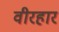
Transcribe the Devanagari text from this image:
वीरहार